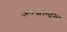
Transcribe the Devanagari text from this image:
अंतःशल्यता